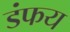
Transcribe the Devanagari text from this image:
डंफय